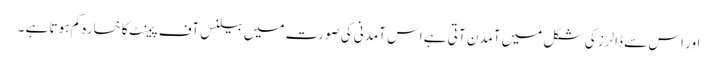
اور اس سے ڈالرز کی شکل میں آمدن آتی ہے اس آمدنی کی صورت میں بیلنس آف پیمنٹ کا خسارہ کم ہوتا ہے ۔